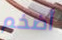
أضخم